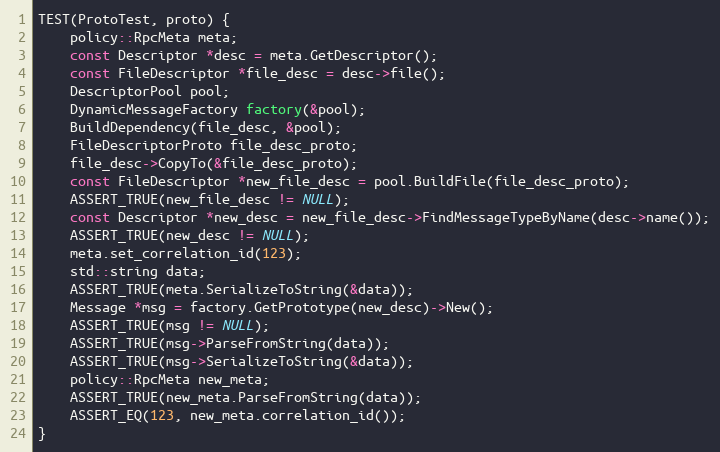
Language: C++
TEST(ProtoTest, proto) {
    policy::RpcMeta meta;
    const Descriptor *desc = meta.GetDescriptor();
    const FileDescriptor *file_desc = desc->file();
    DescriptorPool pool;
    DynamicMessageFactory factory(&pool);
    BuildDependency(file_desc, &pool);
    FileDescriptorProto file_desc_proto;
    file_desc->CopyTo(&file_desc_proto);
    const FileDescriptor *new_file_desc = pool.BuildFile(file_desc_proto);
    ASSERT_TRUE(new_file_desc != NULL);
    const Descriptor *new_desc = new_file_desc->FindMessageTypeByName(desc->name());
    ASSERT_TRUE(new_desc != NULL);
    meta.set_correlation_id(123);
    std::string data;
    ASSERT_TRUE(meta.SerializeToString(&data));
    Message *msg = factory.GetPrototype(new_desc)->New();
    ASSERT_TRUE(msg != NULL);
    ASSERT_TRUE(msg->ParseFromString(data));
    ASSERT_TRUE(msg->SerializeToString(&data));
    policy::RpcMeta new_meta;
    ASSERT_TRUE(new_meta.ParseFromString(data));
    ASSERT_EQ(123, new_meta.correlation_id());
}